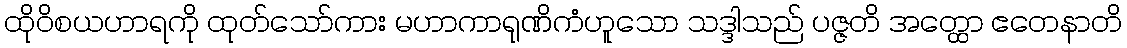
ထိုဝိစယဟာရကို ထုတ်သော်ကား မဟာကာရုဏိကံဟူသော သဒ္ဒါသည် ပဇ္ဇတိ အတ္ထော ဧတေနာတိ